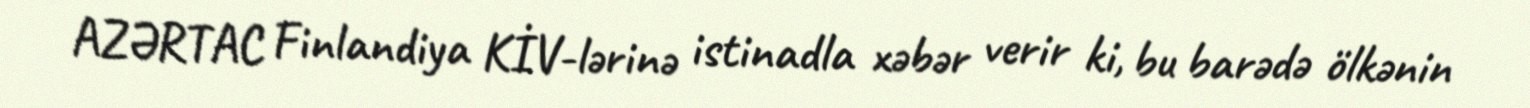
AZƏRTAC Finlandiya KİV-lərinə istinadla xəbər verir ki, bu barədə ölkənin